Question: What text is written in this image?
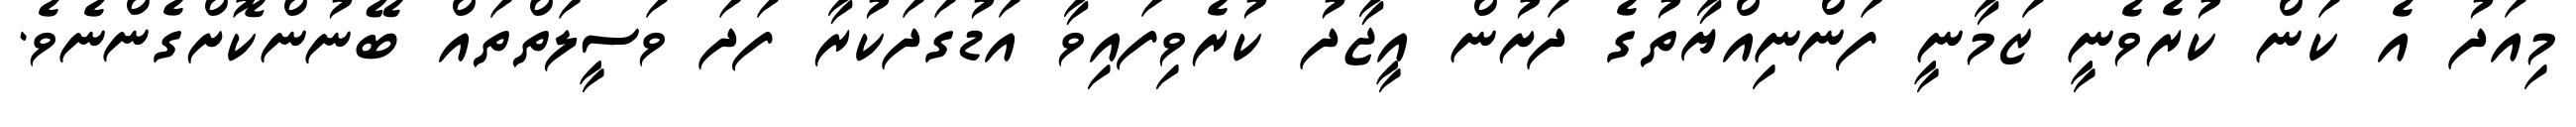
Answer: މިއަދު އެ ކަން ކުރެވެނީ ޒަމާނީ ފަންނިއްޔާތުގެ ދަށުން އީޖާދު ކުރެވިފައިވާ އަޑުގަދަކުރާ ފަދަ ވަސީލަތްތައް ބޭނުންކޮށްގެންނެވެ.